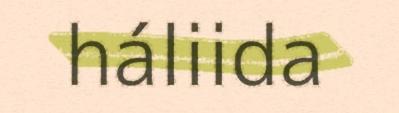
háliida